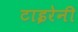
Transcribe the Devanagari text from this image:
टाइरेनी